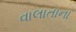
વાલાતાના